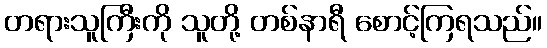
တရားသူကြီးကို သူတို့ တစ်နာရီ စောင့်ကြရသည်။